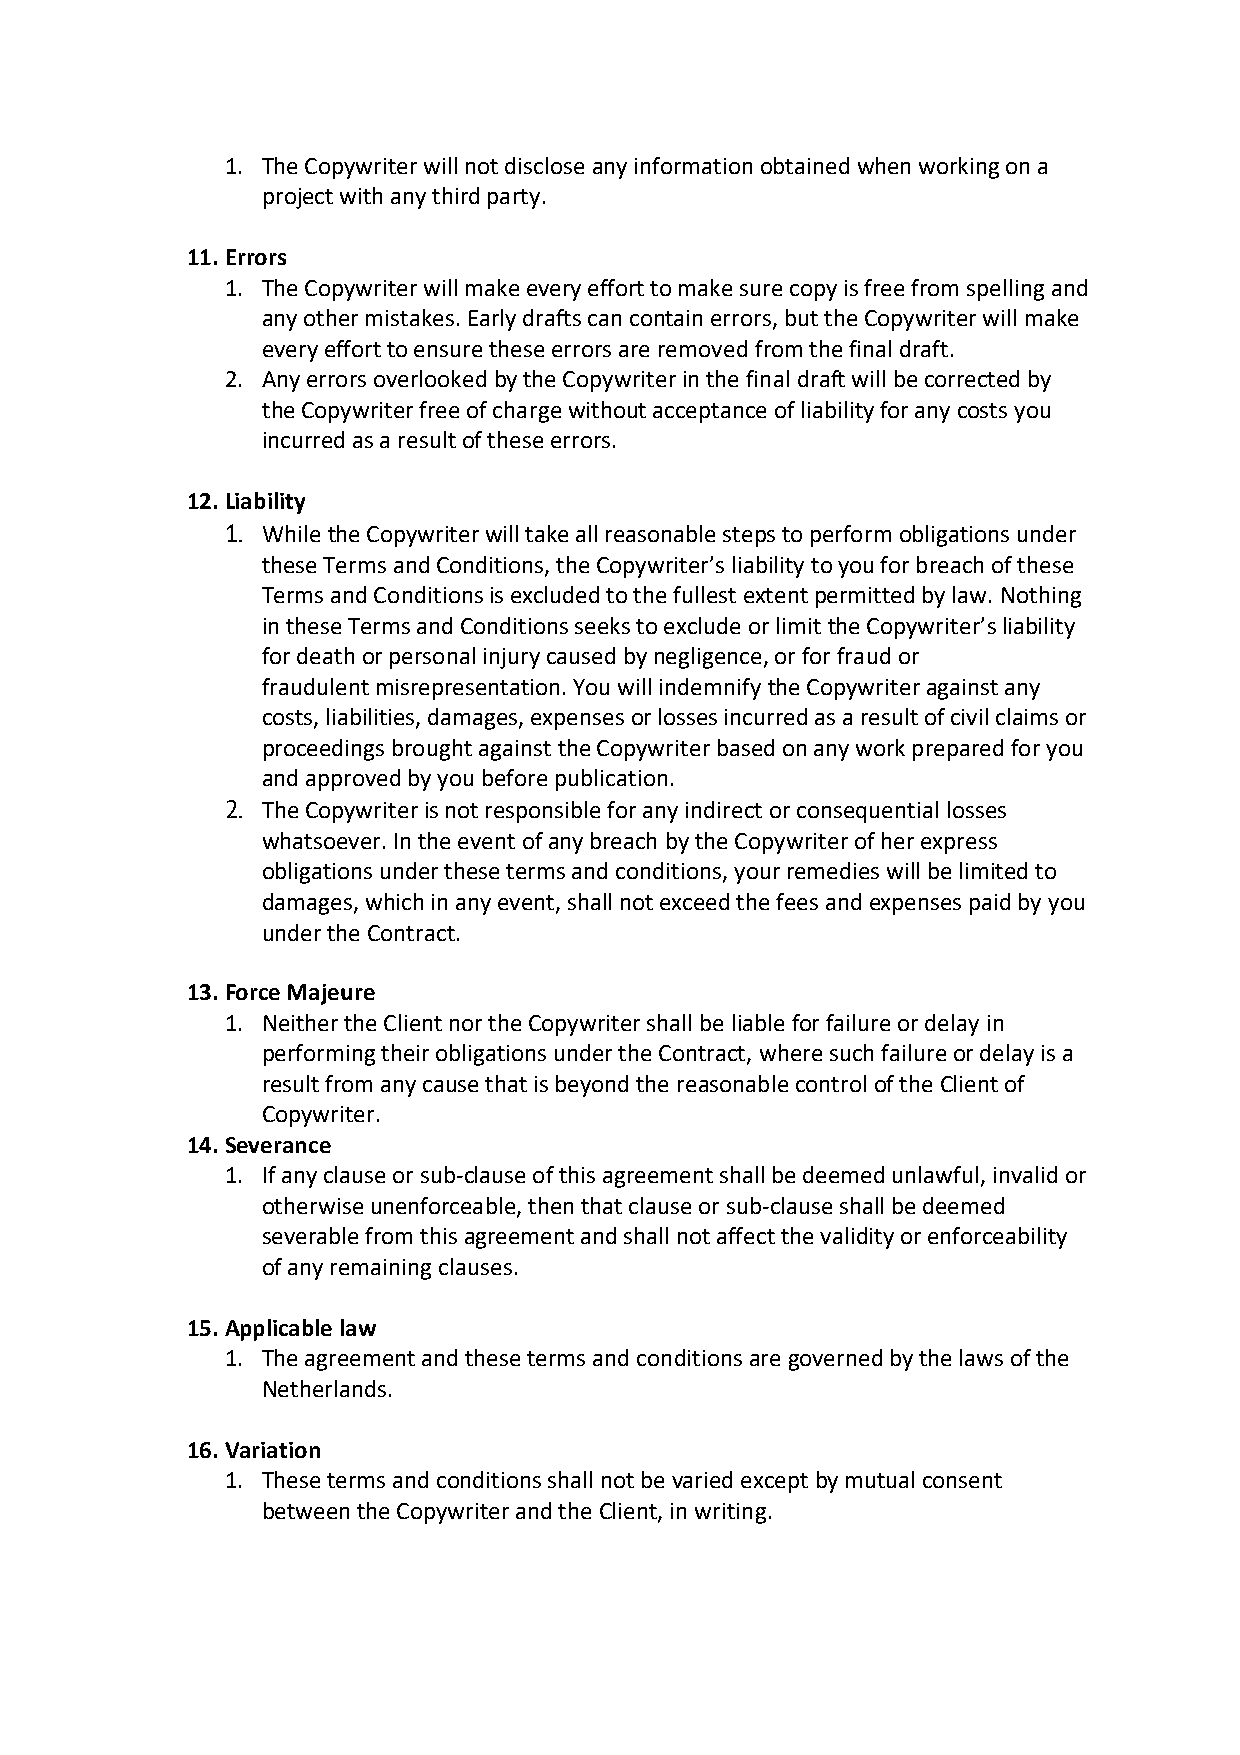
1. The Copywriter will not disclose any information obtained when working on a
 project with any third party.
 11. Errors
 1. The Copywriter will make every effort to make sure copy is free from spelling and
 any other mistakes. Early drafts can contain errors, but the Copywriter will make
 every effort to ensure these errors are removed from the final draft.
 2. Any errors overlooked by the Copywriter in the final draft will be corrected by
 the Copywriter free of charge without acceptance of liability for any costs you
 incurred as a result of these errors.
 12. Liability
 1. While the Copywriter will take all reasonable steps to perform obligations under
 these Terms and Conditions, the Copywriter’s liability to you for breach of these
 Terms and Conditions is excluded to the fullest extent permitted by law. Nothing
 in these Terms and Conditions seeks to exclude or limit the Copywriter’s liability
 for death or personal injury caused by negligence, or for fraud or
 fraudulent misrepresentation. You will indemnify the Copywriter against any
 costs, liabilities, damages, expenses or losses incurred as a result of civil claims or
 proceedings brought against the Copywriter based on any work prepared for you
 and approved by you before publication.
 2. The Copywriter is not responsible for any indirect or consequential losses
 whatsoever. In the event of any breach by the Copywriter of her express
 obligations under these terms and conditions, your remedies will be limited to
 damages, which in any event, shall not exceed the fees and expenses paid by you
 under the Contract.
 13. Force Majeure
 1. Neither the Client nor the Copywriter shall be liable for failure or delay in
 performing their obligations under the Contract, where such failure or delay is a
 result from any cause that is beyond the reasonable control of the Client of
 Copywriter.
 14. Severance
 1. If any clause or sub-clause of this agreement shall be deemed unlawful, invalid or
 otherwise unenforceable, then that clause or sub-clause shall be deemed
 severable from this agreement and shall not affect the validity or enforceability
 of any remaining clauses.
 15. Applicable law
 1. The agreement and these terms and conditions are governed by the laws of the
 Netherlands.
 16. Variation
 1. These terms and conditions shall not be varied except by mutual consent
 between the Copywriter and the Client, in writing.